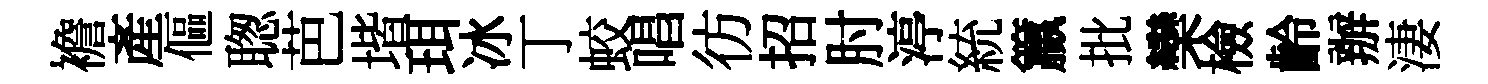
襜産傴聦芭堦珥冰丁蛟唱彷招肘渟統籯批欒檢齡辦淒